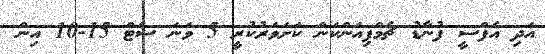
އަދި އެފްސީ ފުނާޑު ޗެމްޕިއަންކަން ކަށަވަރުކުރީ 5 ވަނަ ސެޓް 15-10 އިން